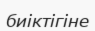
биіктігіне